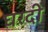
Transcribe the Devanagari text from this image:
घरदी